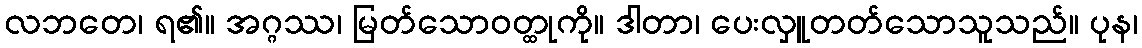
လဘတေ၊ ရ၏။ အဂ္ဂဿ၊ မြတ်သောဝတ္ထုကို။ ဒါတာ၊ ပေးလှူတတ်သောသူသည်။ ပုန၊